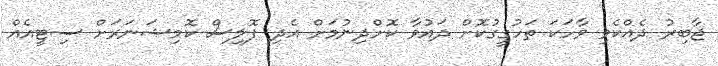
ޖާބިރު ދެއްކެވި ވާހަކަ ތަހުގީގުކޮށް ދައުވާ ކޮށްދިނުމަށް އެދި ޕޮލިސް ކޮމިޝަނަރަށް ސިޓީއެއް